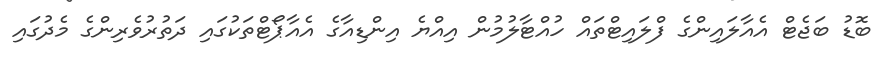
ބޮޑު ބަޖެޓް އެއާލައިންގެ ފްލައިޓްތައް ހުއްޓާލުމުން އިއްޔެ އިންޑިއާގެ އެއާޕޯޓްތަކުގައި ދަތުރުވެރިންގެ މެދުގައި